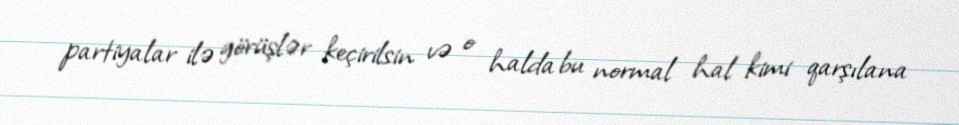
partiyalar ilə görüşlər keçirilsin və o halda bu normal hal kimi qarşılana